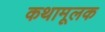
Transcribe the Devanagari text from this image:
कथामूलक